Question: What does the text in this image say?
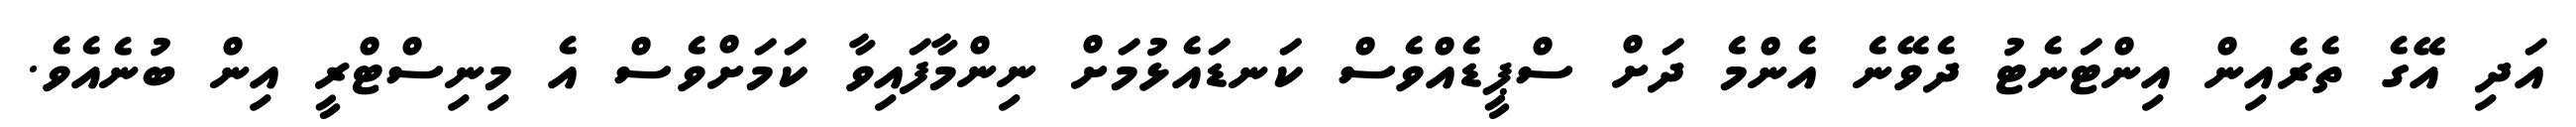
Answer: އަދި އޭގެ ތެރެއިން އިންޓަނެޓު ދެވޭނެ އެންމެ ދަށް ސްޕީޑެއްވެސް ކަނޑައެޅުމަށް ނިންމާފައިވާ ކަމަށްވެސް އެ މިނިސްޓްރީ އިން ބުނެއެވެ.